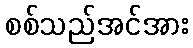
စစ်သည်အင်အား